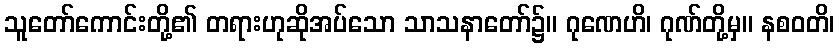
သူတော်ကောင်းတို့၏ တရားဟုဆိုအပ်သော သာသနာတော်၌။ ဂုဏေဟိ၊ ဂုဏ်တို့မှ။ နစဝတိ၊